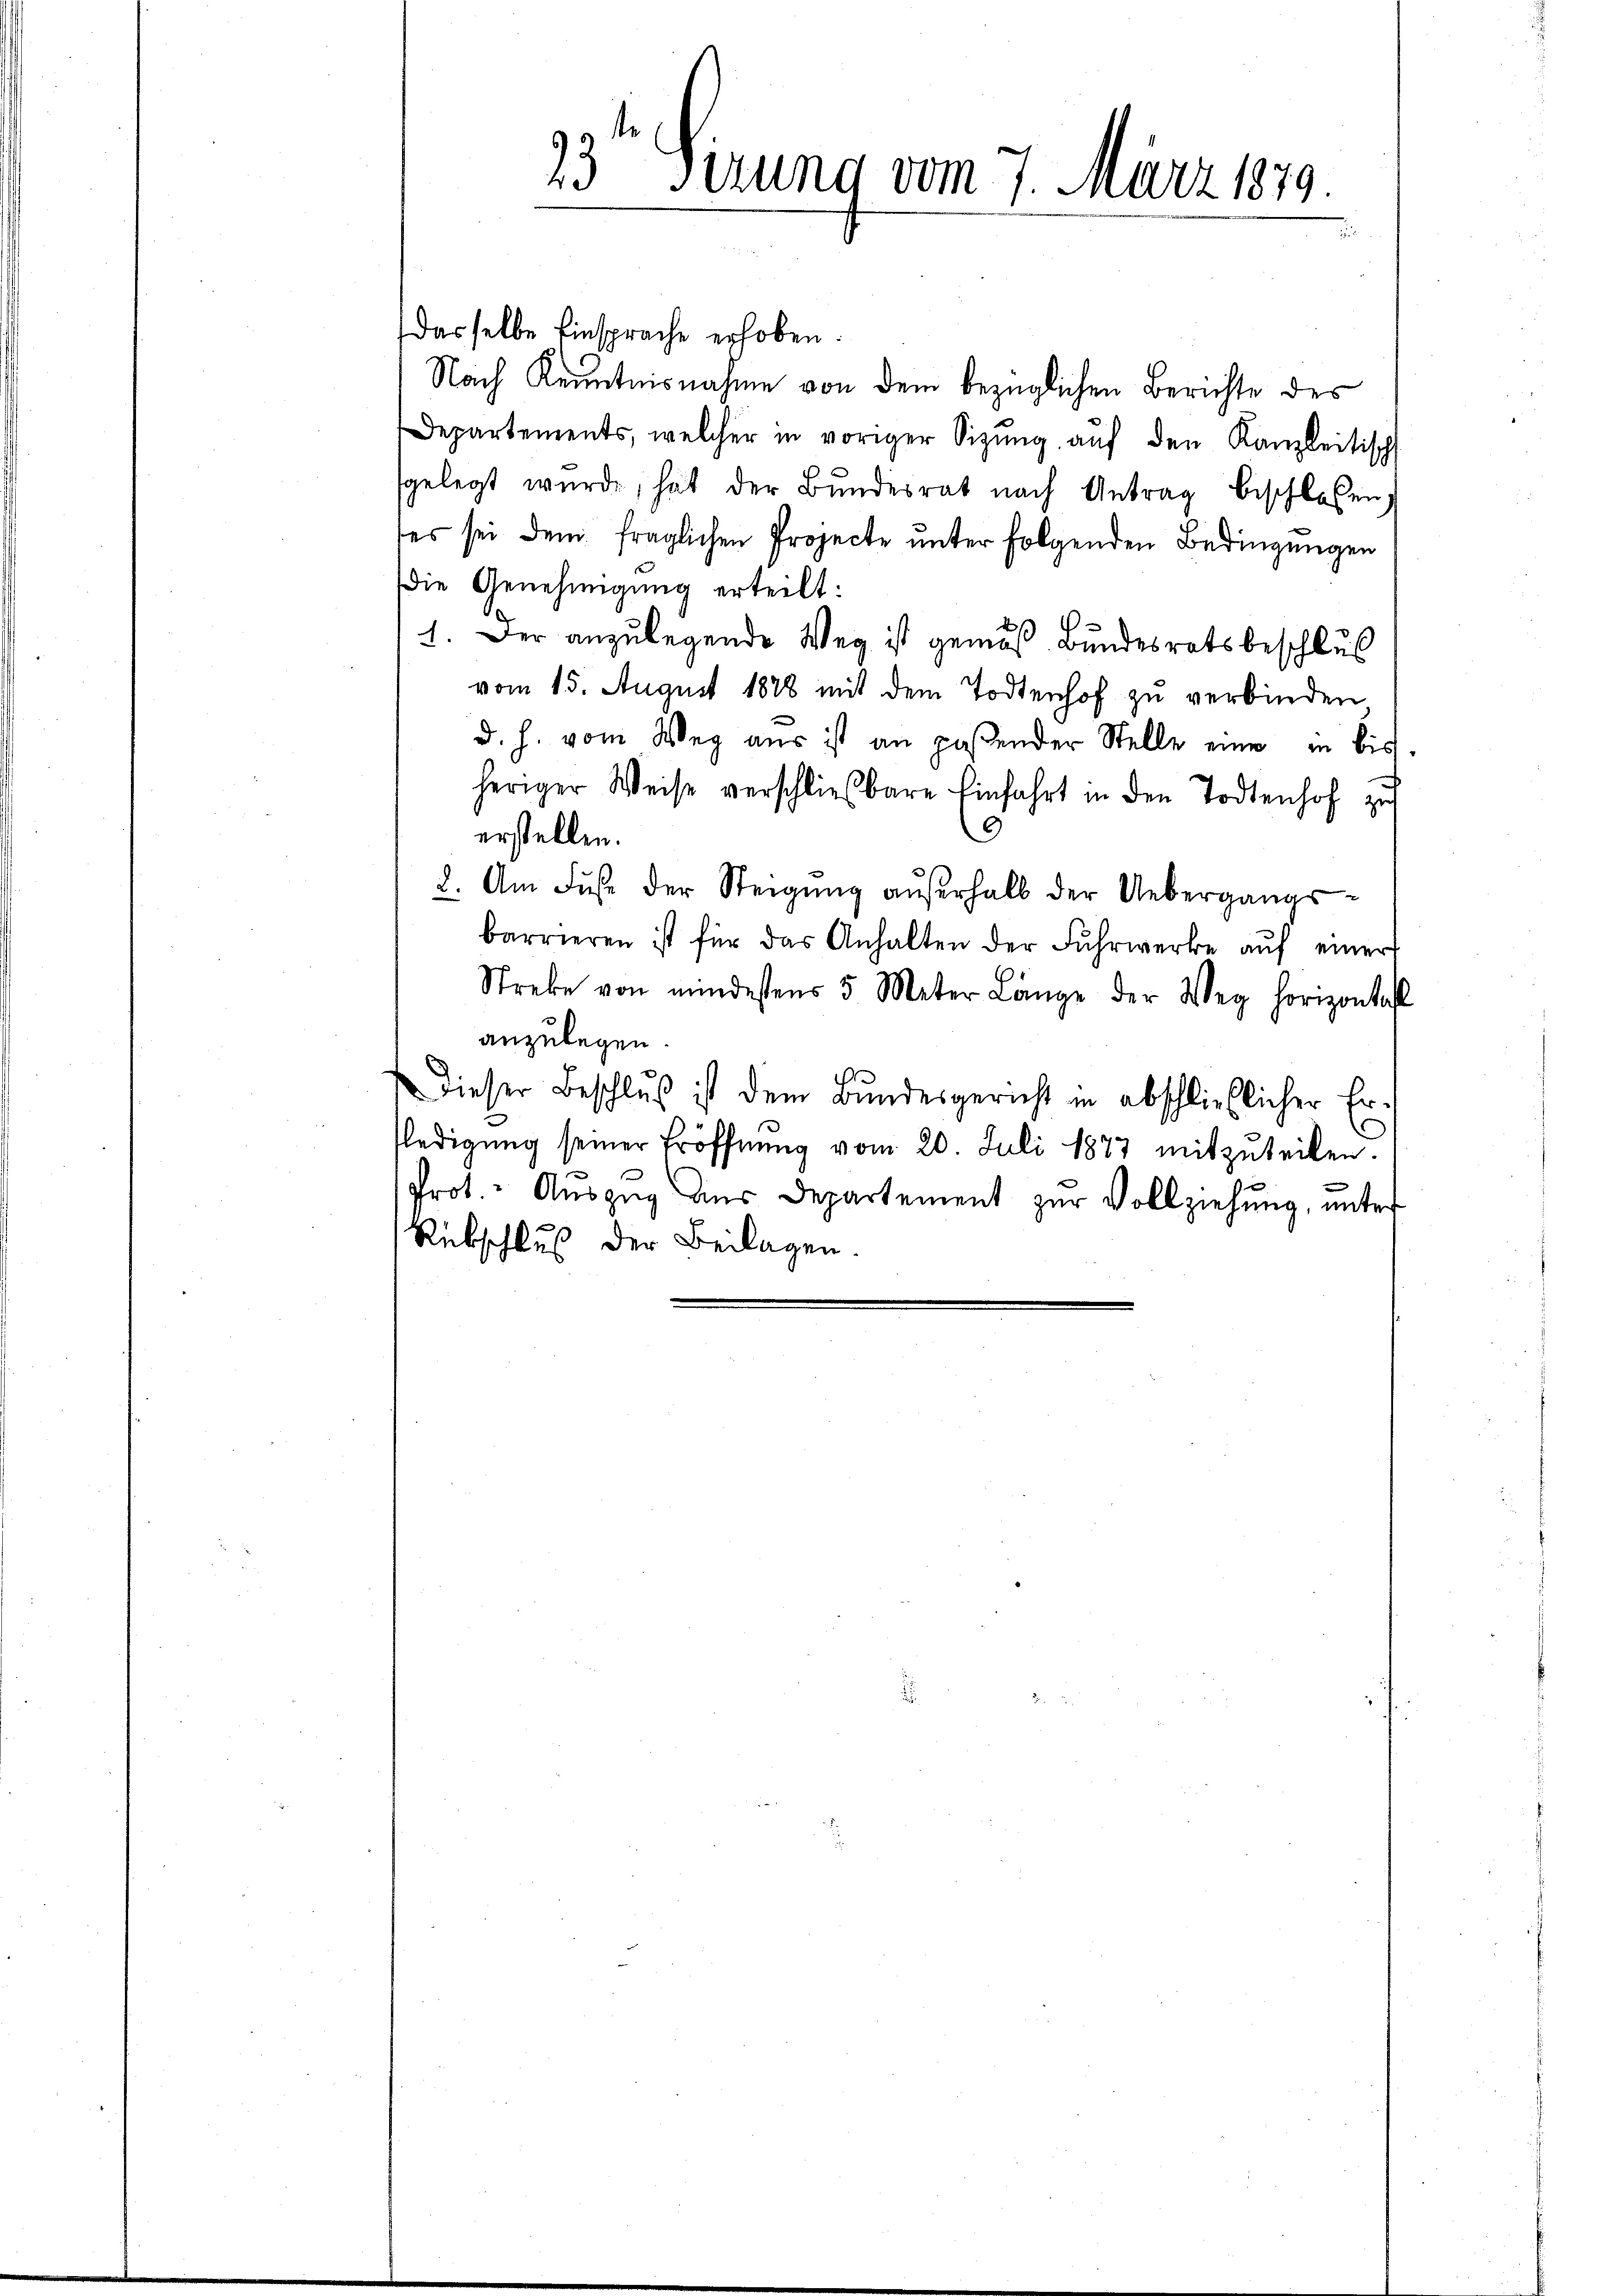
23 Sirung vom 7. März 1879

dasselbe Einsprache erhoben.
Nach Kenntnisnahme von dem bezüglichen Berichte des
Departements, welcher in voriger Sitzŭng aŭf den Kanzleitisch
sgelegt wurde, hat der Bŭndesrat nach Antrag beschlossen,
ses sei dem fraglichen Projecte ŭnter folgenden Bedingungen
die Genehmigung erteilt:
1. Der anzulegende Weg ist gemäß Bundesratsbeschlus
vom 15. August 1888 mit dem Todtenhof zu verbinden
d. h. vom Weg aus ist an passender Stelle eine in bis
heriger Weise verschlieβbare Einfahrt in den Todtenhof zu
erstellen.
2. Am Fŭβ der Steigung aŭβerhalb der Uebergangs-
barrieren ist für das Anhalten der Fuhrwerke aŭf einer
Streke von mindestens 5 Meter Länge der Weg horizontal
anzulegen
Dieser Beschluß ist dem Bundesgericht in abschließlicher Erfledigung seiner Eröffnung vom 20. Juli 1877 mitzuteilen.
Prot. Aŭszŭg aŭs Departement zŭr Vollziehung, unter
Rückschlus der Beilagen